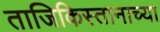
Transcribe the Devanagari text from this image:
ताजिकिस्तानाच्या